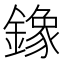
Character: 鐌